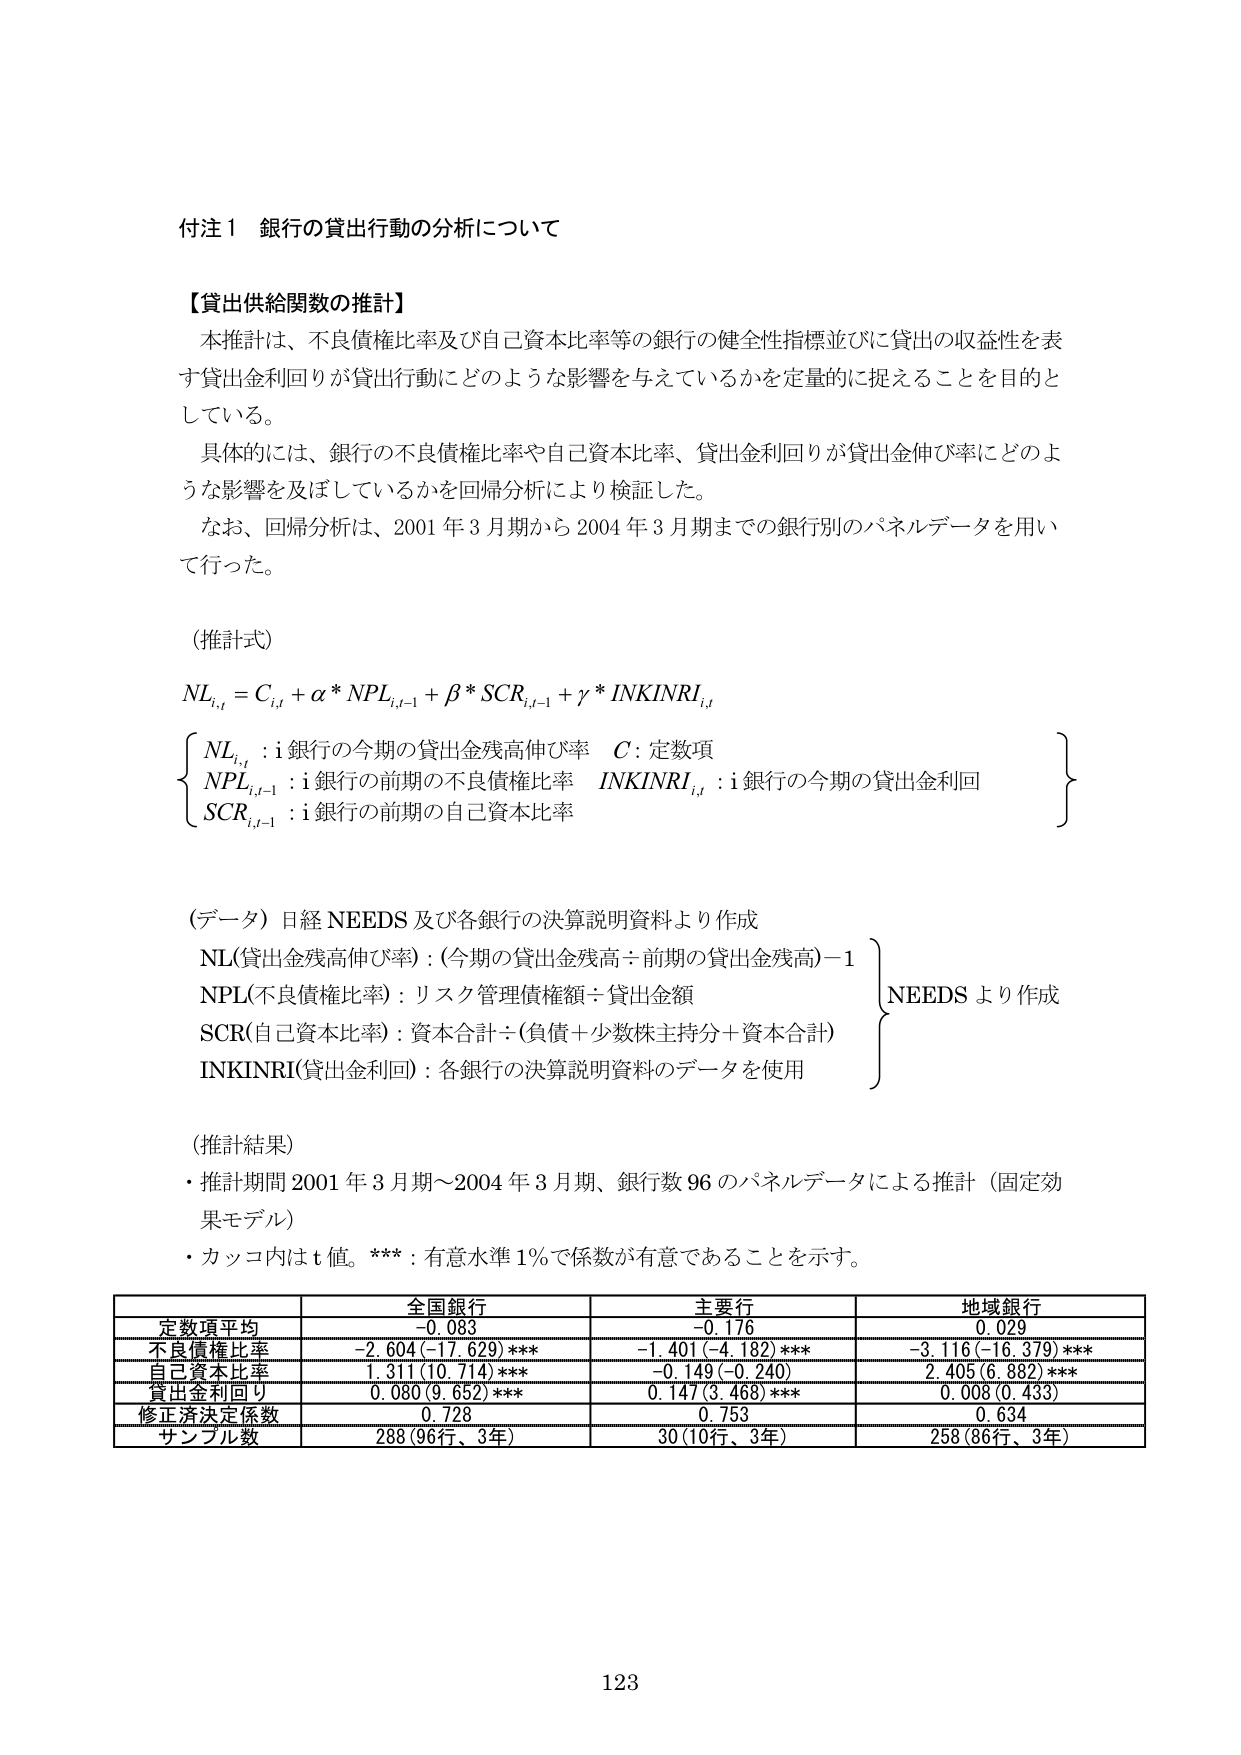
付注１ 銀行の貸出行動の分析について

【貸出供給関数の推計】
本推計は、不良債権比率及び自己資本比率等の銀行の健全性指標並びに貸出の収益性を表す貸出金利回りが貸出行動にどのような影響を与えているかを定量的に捉えることを目的としている。
具体的には、銀行の不良債権比率や自己資本比率、貸出金利回りが貸出金伸び率にどのような影響を及ぼしているかを回帰分析により検証した。
なお、回帰分析は、2001年3月期から2004年3月期までの銀行別のパネルデータを用いて行った。

（推計式）
NL<sub>i,t</sub> = C<sub>i,t</sub> + α * NPL<sub>i,t-1</sub> + β * SCR<sub>i,t-1</sub> + γ * INKINRI<sub>i,t</sub>

{
NL<sub>i,t</sub> : i銀行の今期の貸出金残高伸び率　C : 定数項
NPL<sub>i,t-1</sub> : i銀行の前期の不良債権比率　INKINRI<sub>i,t</sub> : i銀行の今期の貸出金利回
SCR<sub>i,t-1</sub> : i銀行の前期の自己資本比率
}

（データ）日経NEEDS及び各銀行の決算説明資料より作成
NL(貸出金残高伸び率) : (今期の貸出金残高÷前期の貸出金残高)－1
NPL(不良債権比率) : リスク管理債権額÷貸出金額
SCR(自己資本比率) : 資本合計÷(負債＋少数株主持分＋資本合計)
INKINRI(貸出金利回) : 各銀行の決算説明資料のデータを使用
} NEEDSより作成

（推計結果）
・推計期間 2001年3月期～2004年3月期、銀行数96のパネルデータによる推計（固定効果モデル）
・カッコ内はt値。*** : 有意水準1％で係数が有意であることを示す。

| | 全国銀行 | 主要行 | 地域銀行 |
|---|---|---|---|
| 定数項平均 | -0.083 | -0.176 | 0.029 |
| 不良債権比率 | -2.604 (-17.629)*** | -1.401 (-4.182)*** | -3.116 (-16.379)*** |
| 自己資本比率 | 1.311 (10.714)*** | -0.149 (-0.240) | 2.405 (6.882)*** |
| 貸出金利回り | 0.080 (9.652)*** | 0.147 (3.468)*** | 0.008 (0.433) |
| 修正済決定係数 | 0.728 | 0.753 | 0.634 |
| サンプル数 | 288 (96行、3年) | 30 (10行、3年) | 258 (86行、3年) |

123